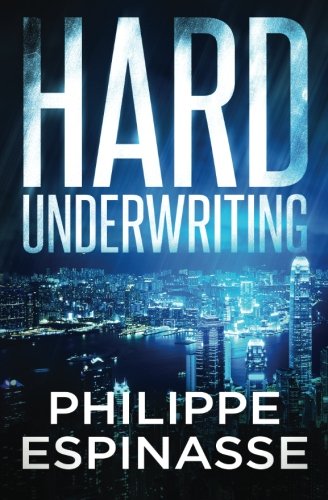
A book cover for Hard Underwriting; Philippe Espinasse; Mystery, Thriller & Suspense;